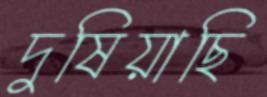
দুষিয়াছি